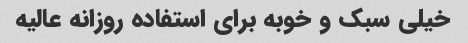
خیلی سبک و خوبه برای استفاده روزانه عالیه